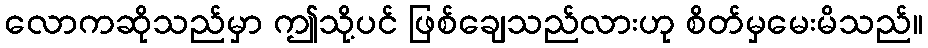
လောကဆိုသည်မှာ ဤသို့ပင် ဖြစ်ချေသည်လားဟု စိတ်မှမေးမိသည်။